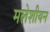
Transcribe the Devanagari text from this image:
मलेशीयन